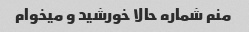
منم شماره حالا خورشید و میخوام